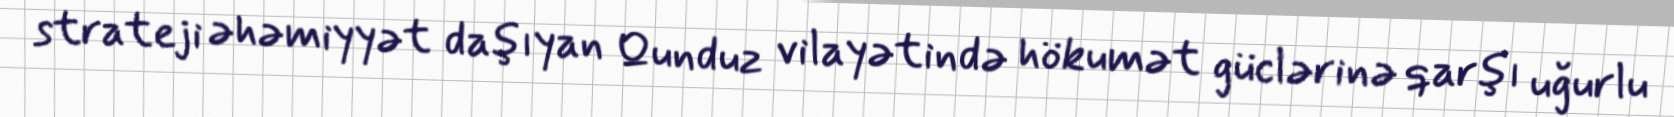
strateji əhəmiyyət daşıyan Qunduz vilayətində hökumət güclərinə qarşı uğurlu